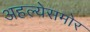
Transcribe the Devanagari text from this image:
अहल्येसमोर